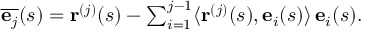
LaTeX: \begin{array} { r } { { \overline { { \mathbf { e } _ { j } } } } ( s ) = \mathbf { r } ^ { ( j ) } ( s ) - \sum _ { i = 1 } ^ { j - 1 } \langle \mathbf { r } ^ { ( j ) } ( s ) , \mathbf { e } _ { i } ( s ) \rangle \, \mathbf { e } _ { i } ( s ) . } \end{array}